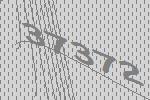
37372